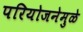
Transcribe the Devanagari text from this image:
परियोजनेमुळे